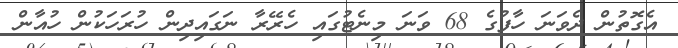
އެގޮތުން ދެވަނަ ހާފުގެ 68 ވަނަ މިނެޓުގައި ހެރޭރާ ނަގައިދިން ހުރަހަކުން ހުއާން